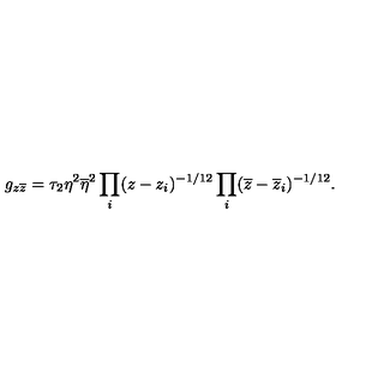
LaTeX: g _ { z \overline { { z } } } = \tau _ { 2 } \eta ^ { 2 } \overline { { \eta } } ^ { 2 } \prod _ { i } ( z - z _ { i } ) ^ { - 1 / 1 2 } \prod _ { i } ( \overline { { z } } - \overline { { z } } _ { i } ) ^ { - 1 / 1 2 } .